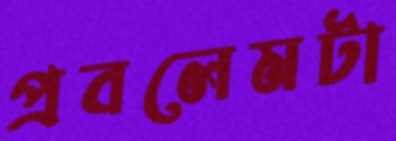
প্রবলেমটা